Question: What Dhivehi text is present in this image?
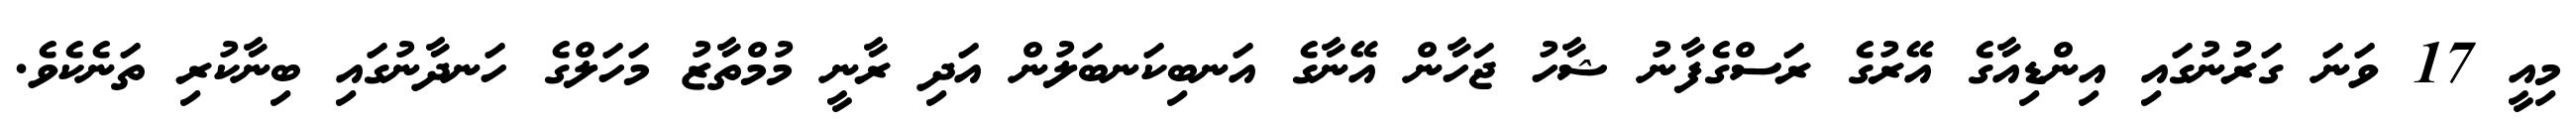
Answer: މިއީ 17 ވަނަ ގަރުނުގައި އިންޑިއާގެ އޭރުގެ ރަސްގެފާނު ޝާހު ޖަހާން އޭނާގެ އަނބިކަނބަލުން އަދި ރާނީ މުމްތާޒު މަހަލްގެ ހަނދާނުގައި ބިނާކުރި ތަނެކެވެ.